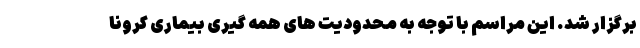
برگزار شد. این مراسم با توجه به محدودیت های همه گیری بیماری کرونا